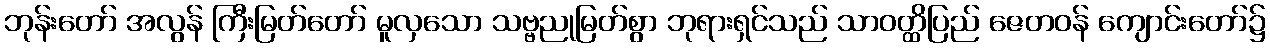
ဘုန်းတော် အလွန် ကြီးမြတ်တော် မူလှသော သဗ္ဗညုမြတ်စွာ ဘုရားရှင်သည် သာဝတ္ထိပြည် ဇေတဝန် ကျောင်းတော်၌